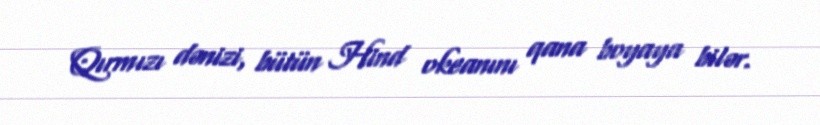
Qırmızı dənizi, bütün Hind okeanını qana boyaya bilər.